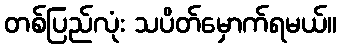
တစ်ပြည်လုံး သပိတ်မှောက်ရမယ်။